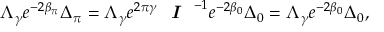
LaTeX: \Lambda _ { \gamma } e ^ { - 2 \beta _ { \pi } } \Delta _ { \pi } = \Lambda _ { \gamma } e ^ { 2 \pi \gamma } \textit { \textbf { I } } ^ { - 1 } e ^ { - 2 \beta _ { 0 } } \Delta _ { 0 } = \Lambda _ { \gamma } e ^ { - 2 \beta _ { 0 } } \Delta _ { 0 } ,